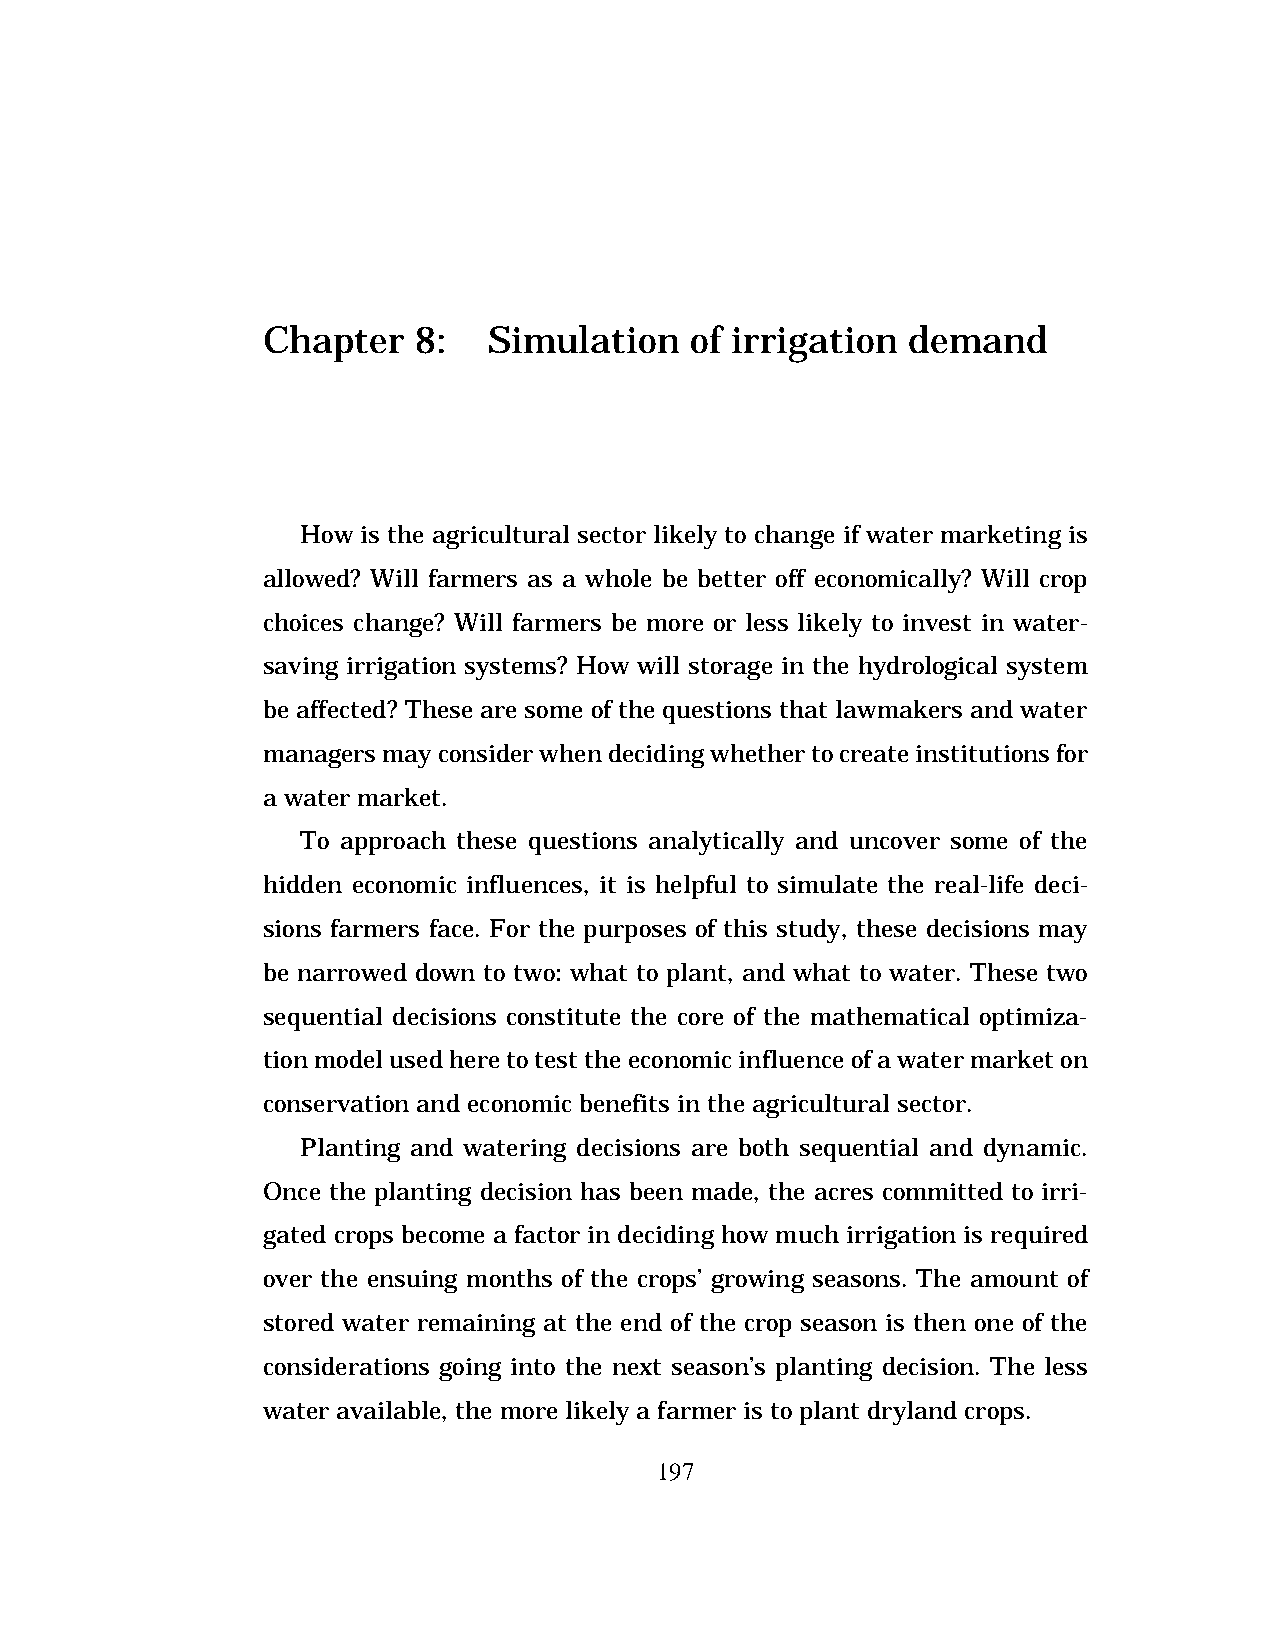
Chapter    8:  Simulation    of irrigation demand
 How is the agricultural sector likely to change if water marketing is
 allowed? Will farmers as a whole be better off economically? Will crop
 choices change? Will farmers be more or less likely to invest in water-
 saving irrigation systems? How will storage in the hydrological system
 be affected? These are some of the questions that lawmakers and water
 managers may consider when deciding whether to create institutions for
 a water market.
 To approach these questions analytically and uncover some of the
 hidden economic influences, it is helpful to simulate the real-life deci-
 sions farmers face. For the purposes of this study, these decisions may
 be narrowed down to two: what to plant, and what to water. These two
 sequential decisions constitute the core of the mathematical optimiza-
 tion model used here to test the economic influence of a water market on
 conservation and economic benefits in the agricultural sector.
 Planting and watering decisions are both sequential and dynamic.
 Once the planting decision has been made, the acres committed to irri-
 gated crops become a factor in deciding how much irrigation is required
 over the ensuing months of the crops’ growing seasons. The amount of
 stored water remaining at the end of the crop season is then one of the
 considerations going into the next season’s planting decision. The less
 water available, the more likely a farmer is to plant dryland crops.
 197